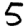
Digit: 5